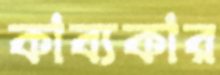
কাব্যকার